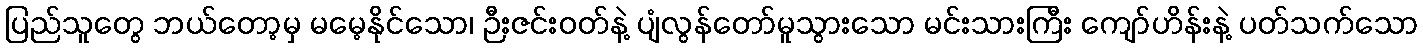
ပြည်သူတွေ ဘယ်တော့မှ မမေ့နိုင်သော၊ ဉီးဇင်းဝတ်နဲ့ ပျံလွန်တော်မူသွားသော မင်းသားကြီး ကျော်ဟိန်းနဲ့ ပတ်သက်သော